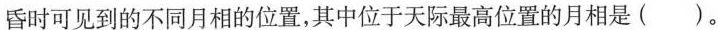
昏时可见到的不同月相的位置，其中位于天际最高位置的月相是( )。